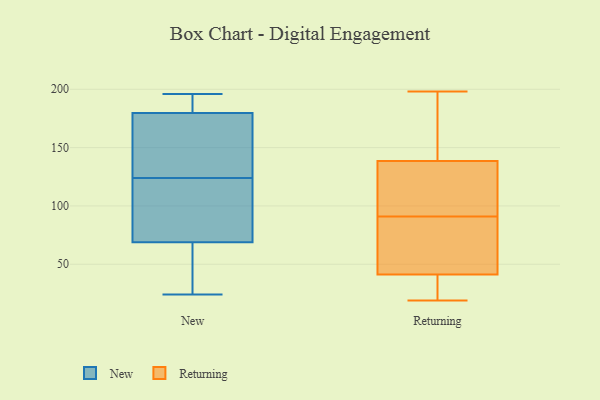
{"axis": {"x": "Active Users", "y": "Value"}, "legend": ["New", "Returning"], "data": [{"x": "", "y": 191, "type": "New"}, {"x": "", "y": 67, "type": "New"}, {"x": "", "y": 188, "type": "New"}, {"x": "", "y": 196, "type": "New"}, {"x": "", "y": 108, "type": "New"}, {"x": "", "y": 156, "type": "New"}, {"x": "", "y": 167, "type": "New"}, {"x": "", "y": 153, "type": "New"}, {"x": "", "y": 106, "type": "New"}, {"x": "", "y": 184, "type": "New"}, {"x": "", "y": 74, "type": "New"}, {"x": "", "y": 51, "type": "New"}, {"x": "", "y": 31, "type": "New"}, {"x": "", "y": 187, "type": "New"}, {"x": "", "y": 123, "type": "New"}, {"x": "", "y": 32, "type": "New"}, {"x": "", "y": 147, "type": "New"}, {"x": "", "y": 24, "type": "New"}, {"x": "", "y": 124, "type": "New"}, {"x": "", "y": 91, "type": "Returning"}, {"x": "", "y": 45, "type": "Returning"}, {"x": "", "y": 19, "type": "Returning"}, {"x": "", "y": 114, "type": "Returning"}, {"x": "", "y": 102, "type": "Returning"}, {"x": "", "y": 30, "type": "Returning"}, {"x": "", "y": 90, "type": "Returning"}, {"x": "", "y": 167, "type": "Returning"}, {"x": "", "y": 198, "type": "Returning"}, {"x": "", "y": 190, "type": "Returning"}, {"x": "", "y": 129, "type": "Returning"}, {"x": "", "y": 30, "type": "Returning"}, {"x": "", "y": 61, "type": "Returning"}]}